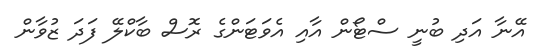
އޭނާ އަދި ބުނީ ސްޓޯން އާއި އެވަޓަންގެ ރޮސް ބާކްލޭ ފަދަ ޒުވާން